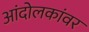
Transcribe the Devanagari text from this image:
आंदोलकांवर